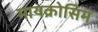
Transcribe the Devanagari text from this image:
मायक्रोसिम